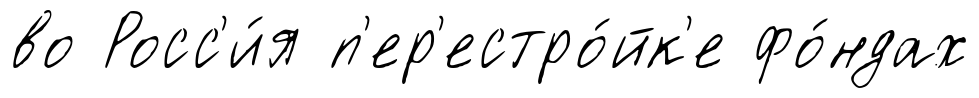
во Росс'и́я п'ер'естро́йк'е фо́ндах